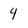
Character: 4